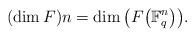
LaTeX: \begin{gather*}(\dim F)n = \dim \big(F\big(\mathbb{F}_q^n\big)\big) .\end{gather*}